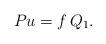
LaTeX: \begin{align*}P u=f \,Q_1.\end{align*}